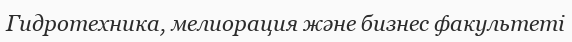
Гидротехника, мелиорация және бизнес факультеті